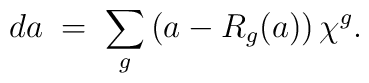
d a \; = \; \sum_g \left( a - R_g(a) \right) \chi^g.